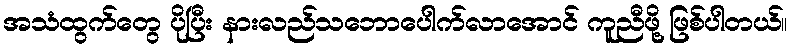
အသံထွက်တွေ ပိုပြီး နားလည်သဘောပေါက်လာအောင် ကူညီဖို့ ဖြစ်ပါတယ်။